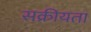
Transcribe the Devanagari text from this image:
सक्रीयता